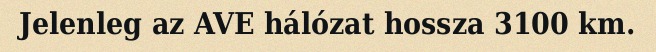
Jelenleg az AVE hálózat hossza 3100 km.